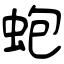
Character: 蚫